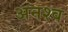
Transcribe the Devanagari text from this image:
अनश्व